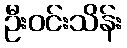
ဦးဝင်းသိန်း